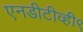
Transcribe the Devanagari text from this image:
एनडीटीव्ही९